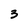
Character: 3